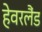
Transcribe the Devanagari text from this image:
हेवरलैंड